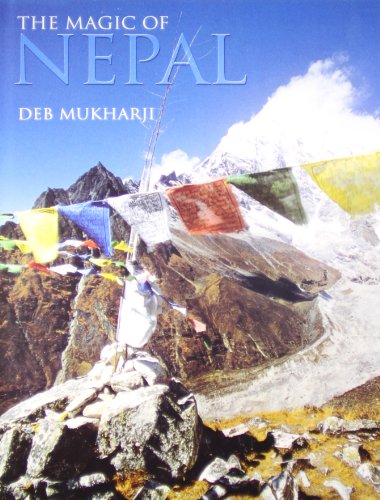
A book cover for The Magic of Nepal; Deb Mukharji; Travel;